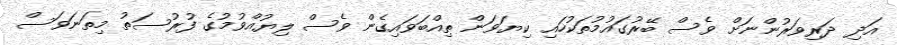
އަދި ދަރިވަރުންނަށް ވެސް ބޭރުގައުމުތަކުހައި ކިޔަވަން ތިއްބަވައިގެން ވެސް ލިޔުއްވުމުގެ ފުރުސަތު މިތަނަވަސް